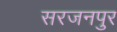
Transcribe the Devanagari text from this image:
सरजनपुर